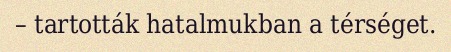
– tartották hatalmukban a térséget.